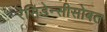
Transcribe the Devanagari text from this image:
रेसिडेन्सीसोबत